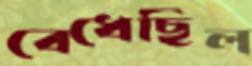
বেধেছিল